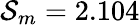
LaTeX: \mathcal{S}_{m}=2.104